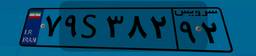
۷۹S۳۸۲۹۲